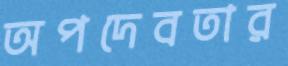
অপদেবতার